65_HS1-834228961_62-HQ-83894_Serial_164
Agency: FBI
Page 5
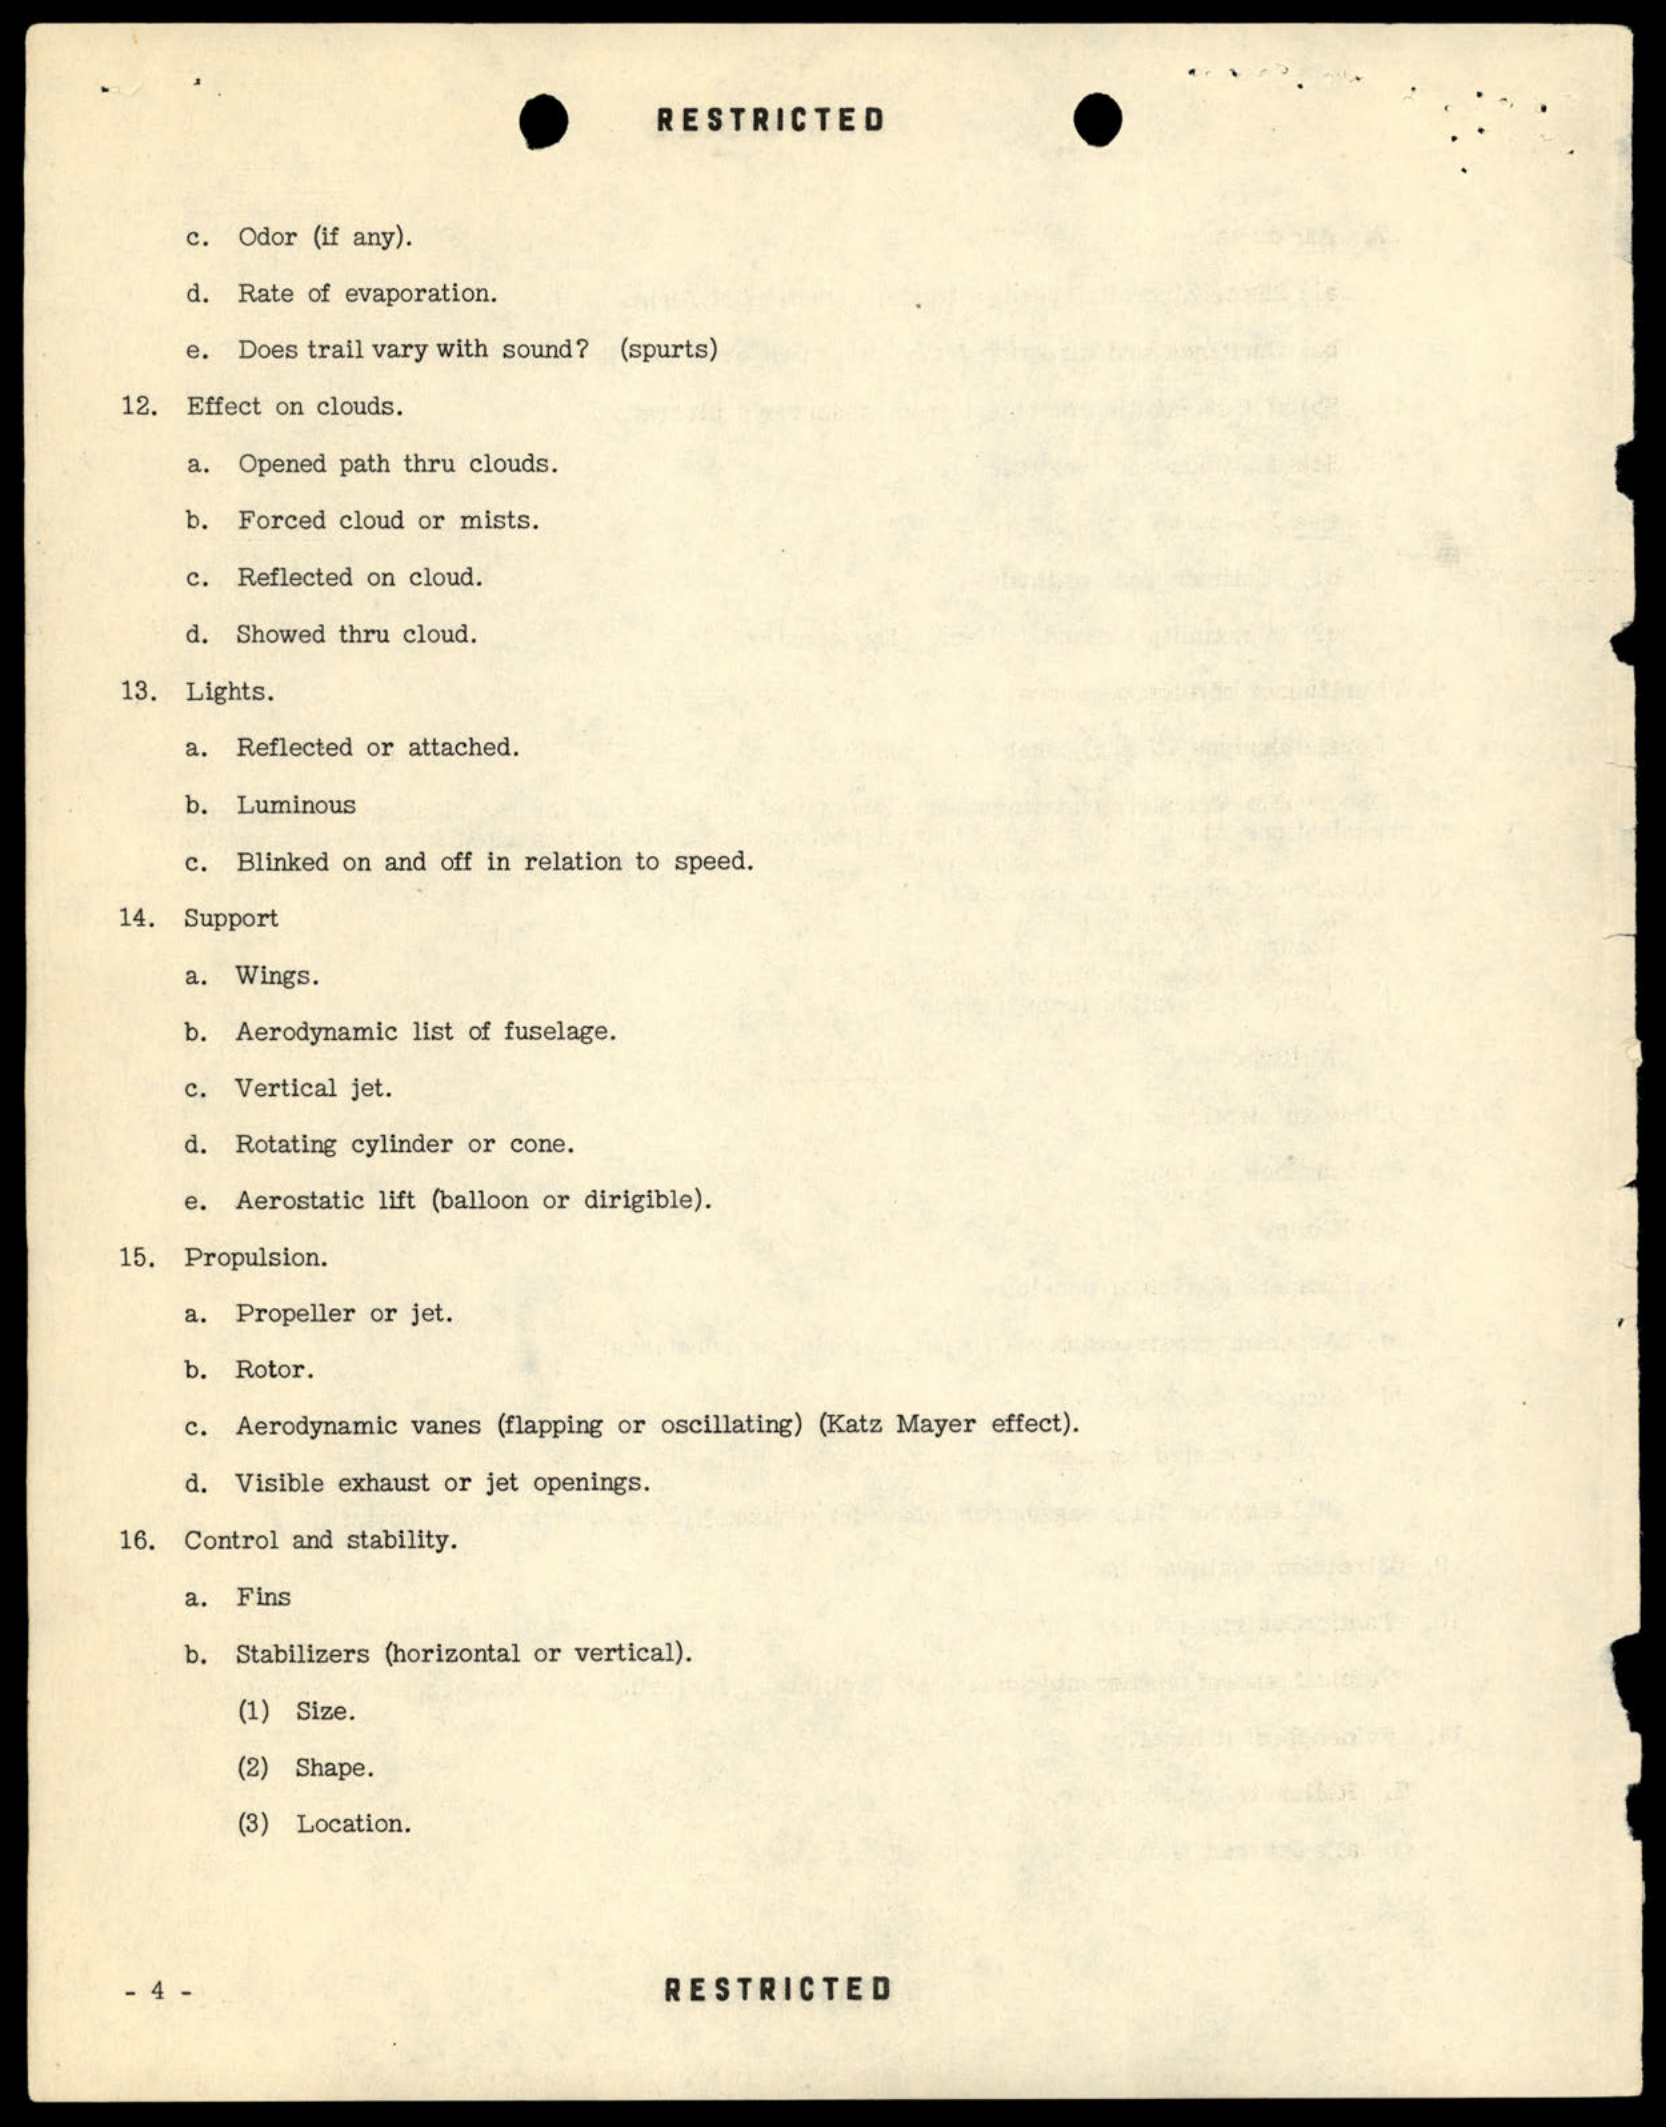